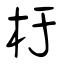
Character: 杅